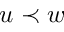
u \prec w